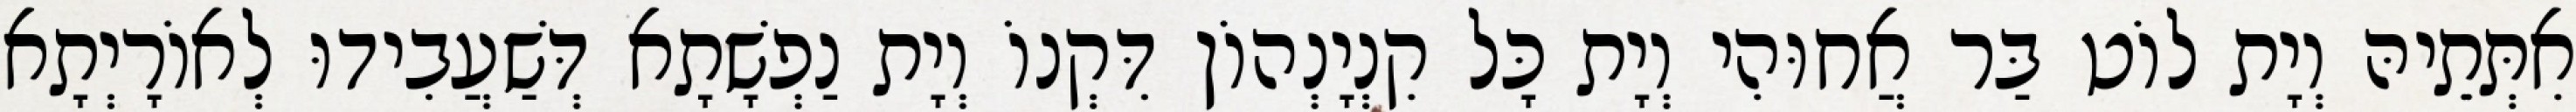
אִתְּתֵיהּ וְיָת לוֹט בַּר אֲחוּהִי וְיָת כָּל קִנְיָנְהוֹן דִּקְנוֹ וְיָת נַפְשָׁתָא דְּשַׁעֲבִידוּ לְאוֹרָיְתָא